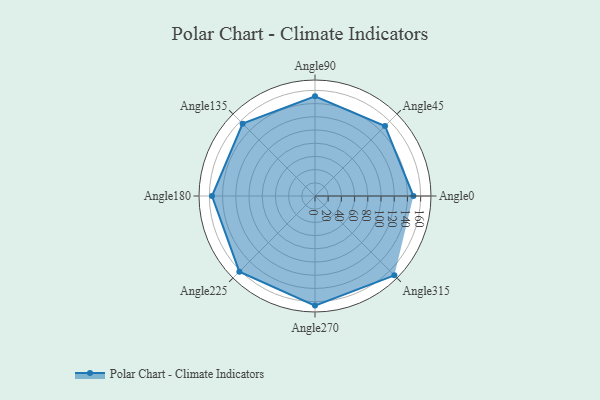
{"axis": {"x": "Angle", "y": "Radius"}, "legend": [""], "data": [{"x": "Angle0", "y": 149.0, "type": ""}, {"x": "Angle45", "y": 150.0, "type": ""}, {"x": "Angle90", "y": 151.0, "type": ""}, {"x": "Angle135", "y": 155.0, "type": ""}, {"x": "Angle180", "y": 156.0, "type": ""}, {"x": "Angle225", "y": 162.0, "type": ""}, {"x": "Angle270", "y": 166.0, "type": ""}, {"x": "Angle315", "y": 170, "type": ""}]}